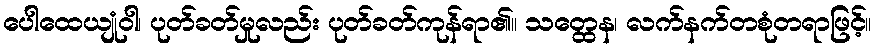
ပေါထေယျုံဝါ၊ ပုတ်ခတ်မှုလည်း ပုတ်ခတ်ကုန်ရာ၏။ သတ္ထေန၊ လက်နက်တစုံတရာဖြင့်။